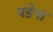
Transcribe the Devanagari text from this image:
पडेना